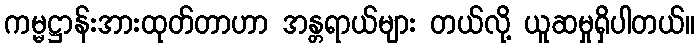
ကမ္မဋ္ဌာန်းအားထုတ်တာဟာ အန္တရာယ်များ တယ်လို့ ယူဆမှုရှိပါတယ်။